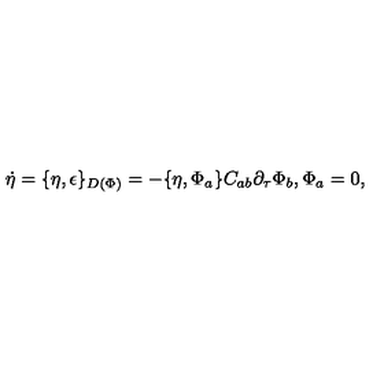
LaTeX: \dot { \eta } = \{ \eta , \epsilon \} _ { D ( \Phi ) } = - \{ \eta , \Phi _ { a } \} C _ { a b } \partial _ { \tau } \Phi _ { b } , \Phi _ { a } = 0 ,